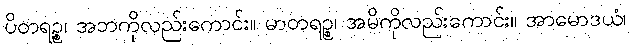
ပိတရဉ္စ၊ အဘကိုလည်းကောင်း။ မာတရဉ္စ၊ အမိကိုလည်းကောင်း။ အာမောဒယံ၊